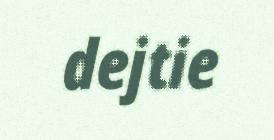
dejtie